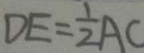
D E = \frac { 1 } { 2 } A C